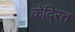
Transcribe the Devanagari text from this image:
केंदि्रत